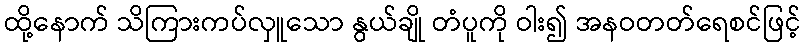
ထို့နောက် သိကြားကပ်လှူသော နွယ်ချို တံပူကို ဝါး၍ အနဝတတ်ရေစင်ဖြင့်